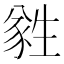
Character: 𬎼